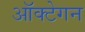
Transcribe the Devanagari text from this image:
ऑक्टेगन